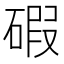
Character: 碬